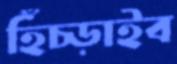
হিঁচ্‌ড়াইব